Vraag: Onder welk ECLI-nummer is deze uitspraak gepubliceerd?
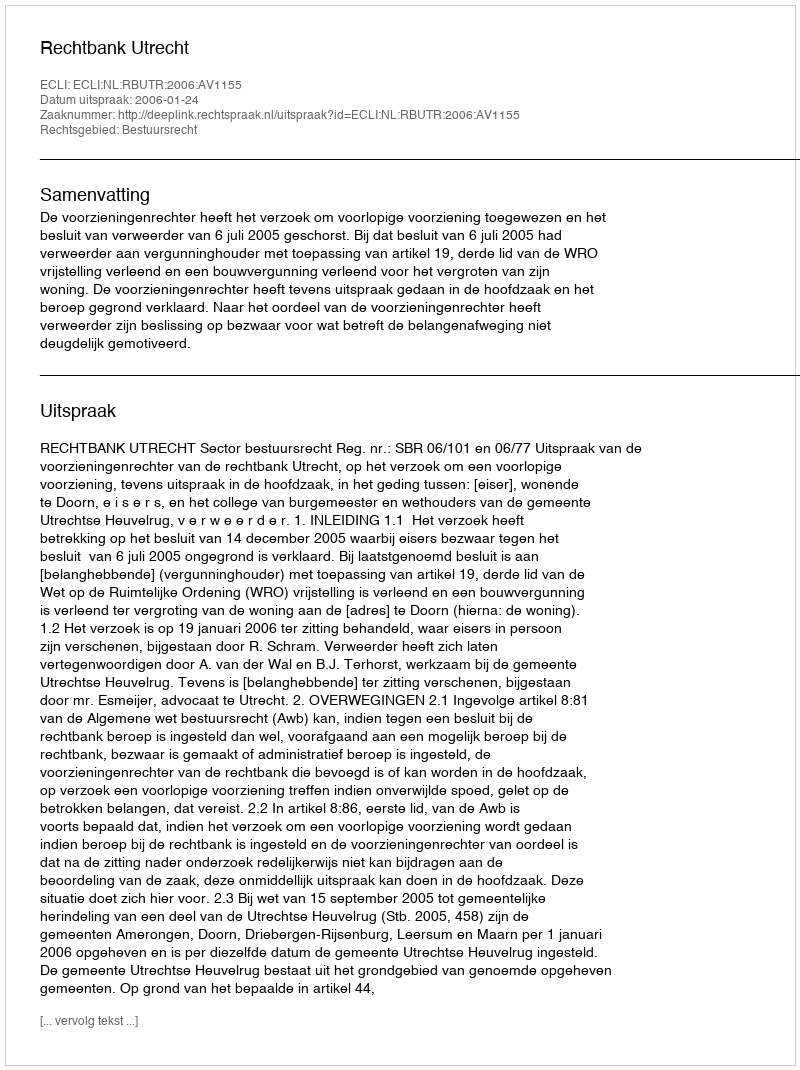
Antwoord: ECLI:NL:RBUTR:2006:AV1155